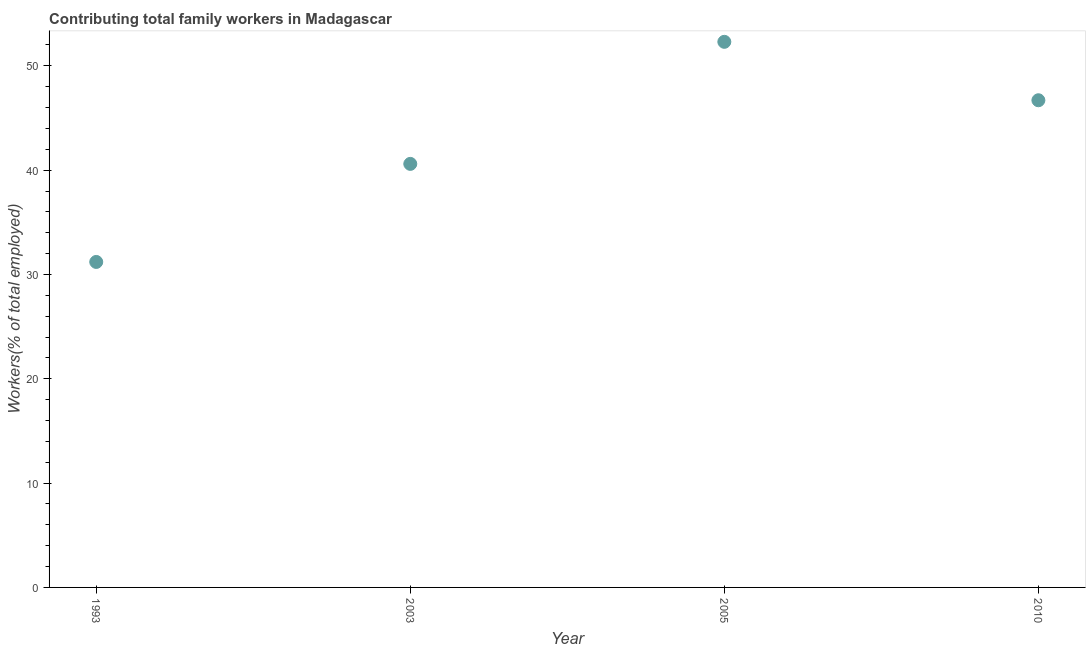
| Year | Contributing family workers |
 | --- | --- |
 | 1993 | 31.2 |
 | 2003 | 40.6 |
 | 2005 | 52.3 |
 | 2010 | 46.7 |